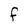
Character: F